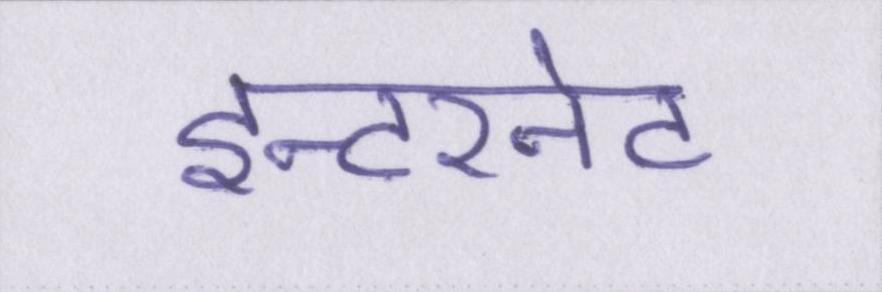
इन्टरनेट